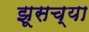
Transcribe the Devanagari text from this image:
झूसच्या